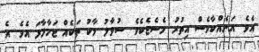
އެވެ. އަނެއްކާވެސް އިތުރު މެސެޖެކެވެ. ސުވާލު މާކު ތަކެއް ޖަހާލާފަ އެވެ. އެ